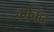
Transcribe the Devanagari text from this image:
वर्षकर